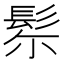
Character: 𩬘